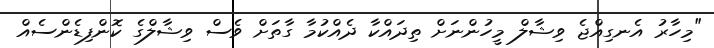
"މިހާރު އެނގިއްޖެ ވިޝާލް މީހުންނަށް ތިދައްކާ ދެއްކުމާ ގާތަށް ވެސް ވިޝާލްގެ ކޮންފިޑެންސެއް